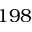
1 9 8